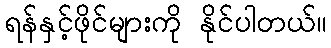
ရန်နှင့်ဖိုင်များကို နိုင်ပါတယ်။